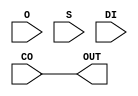
module CARRY_CO_DIRECT_1(input CO, input O, input S, input DI, output OUT);
assign OUT = CO;
endmodule